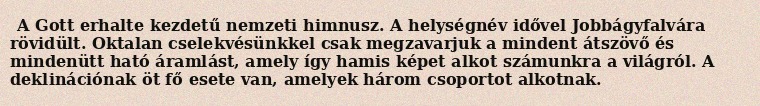
A Gott erhalte kezdetű nemzeti himnusz. A helységnév idővel Jobbágyfalvára rövidült. Oktalan cselekvésünkkel csak megzavarjuk a mindent átszövő és mindenütt ható áramlást, amely így hamis képet alkot számunkra a világról. A deklinációnak öt fő esete van, amelyek három csoportot alkotnak.